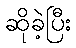
ဆိုခဲ့ပြီး